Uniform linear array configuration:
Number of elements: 48
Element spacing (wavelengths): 0.75
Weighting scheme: kaiser
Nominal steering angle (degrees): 0
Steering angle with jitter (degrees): -1.757
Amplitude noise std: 0.05
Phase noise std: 0.05

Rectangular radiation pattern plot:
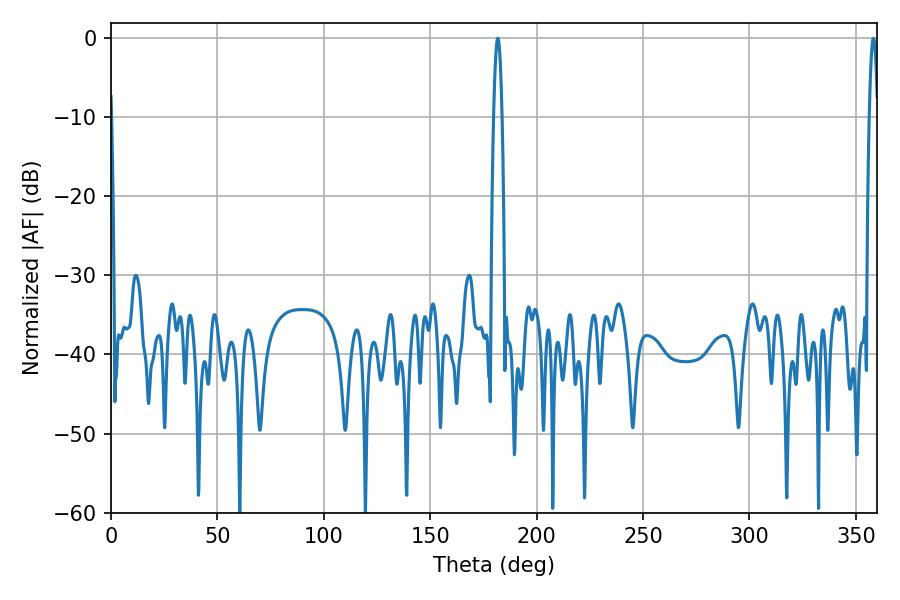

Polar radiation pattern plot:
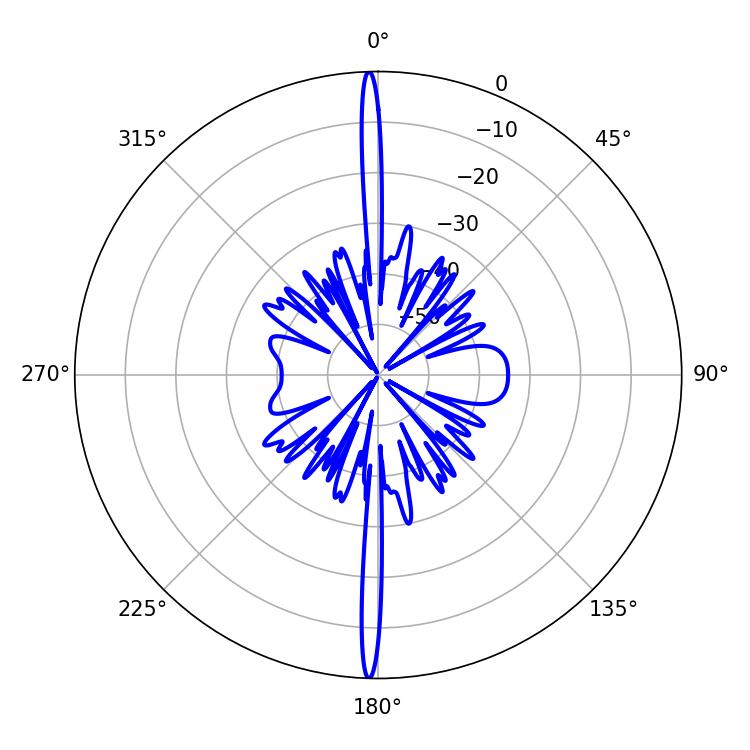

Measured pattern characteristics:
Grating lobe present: TRUE
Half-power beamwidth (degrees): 2.16
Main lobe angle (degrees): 181.8